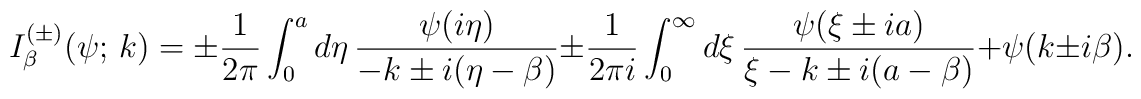
I_\beta^{(\pm)}(\psi;\,k)=\pm\frac{1}{2\pi }\int_0^a d\eta\,\frac{\psi(i\eta)}{-k \pm i(\eta-\beta)}\pm\frac{1}{2\pi i}\int_0^\infty d\xi\,\frac{\psi(\xi \pm ia)}{\xi-k\pm i(a-\beta)}+\psi(k \pm i\beta).